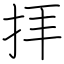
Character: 拝